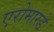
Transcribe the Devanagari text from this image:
एरोमारडे